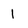
Character: 1